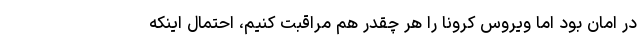
در امان بود اما ویروس کرونا را هر چقدر هم مراقبت کنیم، احتمال اینکه